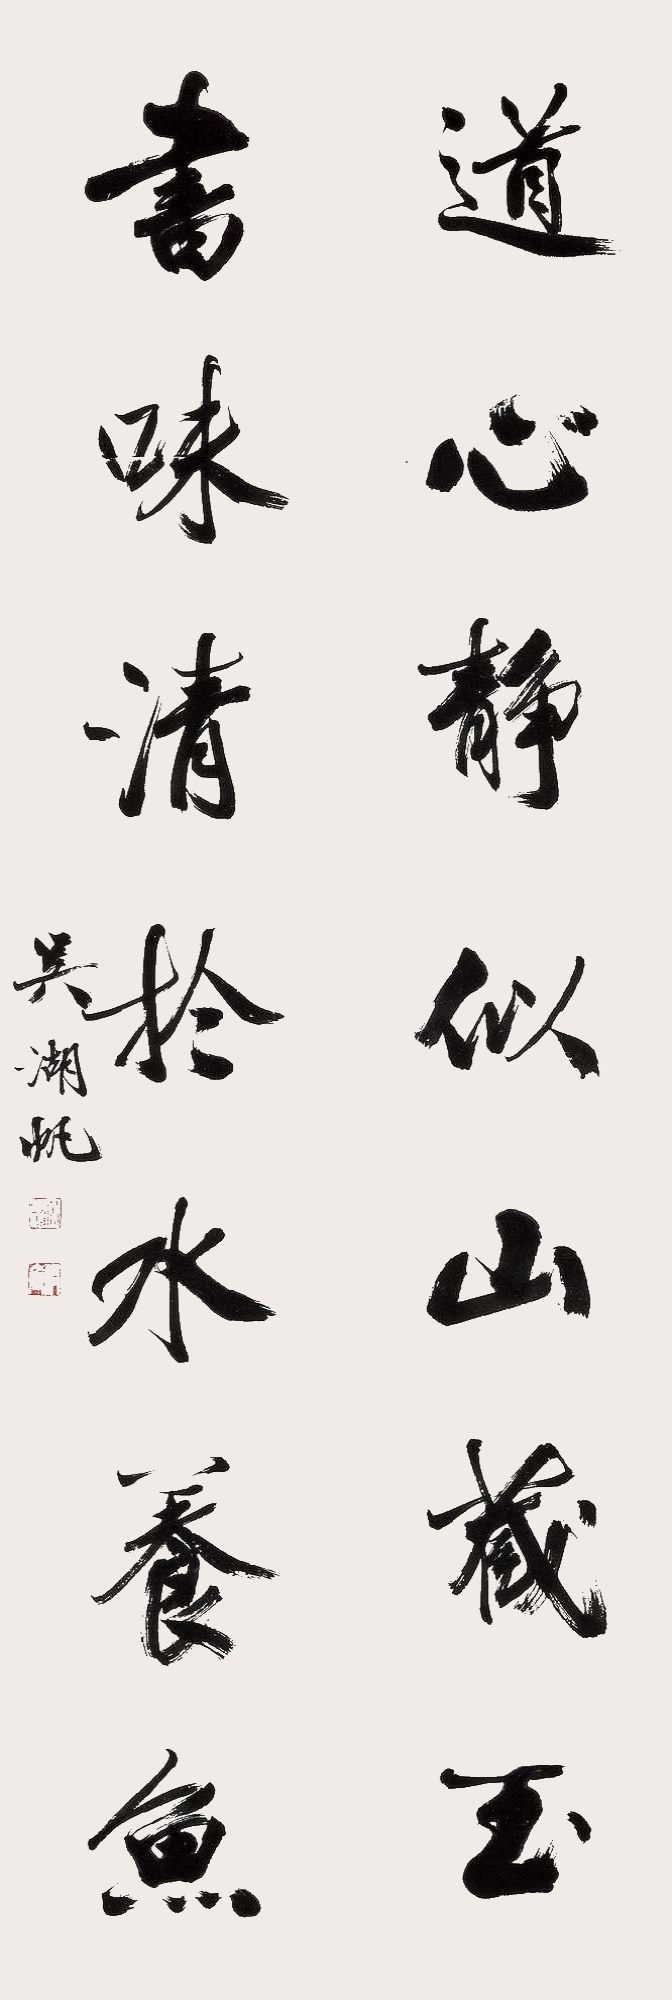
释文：道心静似山藏玉，书味清于水养鱼。吴湖帆。